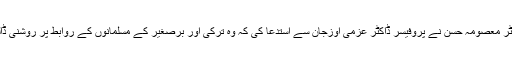
ڈاکٹر معصومہ حسن نے پروفیسر ڈاکٹر عزمی اوزجان سے استدعا کی کہ وہ ترکی اور برصغیر کے مسلمانوں کے روابط پر روشنی ڈالیں۔